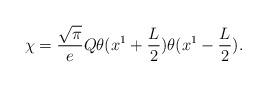
LaTeX: \begin{align*}\chi={\sqrt\pi\over e}Q\theta(x^1 +{L\over 2})\theta(x^1-{L\over 2}).\end{align*}